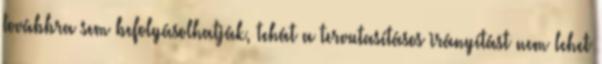
továbbra sem befolyásolhatják, tehát a tervutasításos irányítást nem lehet